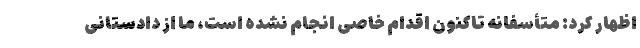
اظهار کرد: متأسفانه تاکنون اقدام خاصی انجام نشده است، ما از دادستانی